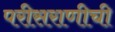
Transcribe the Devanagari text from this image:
परीसराणीची